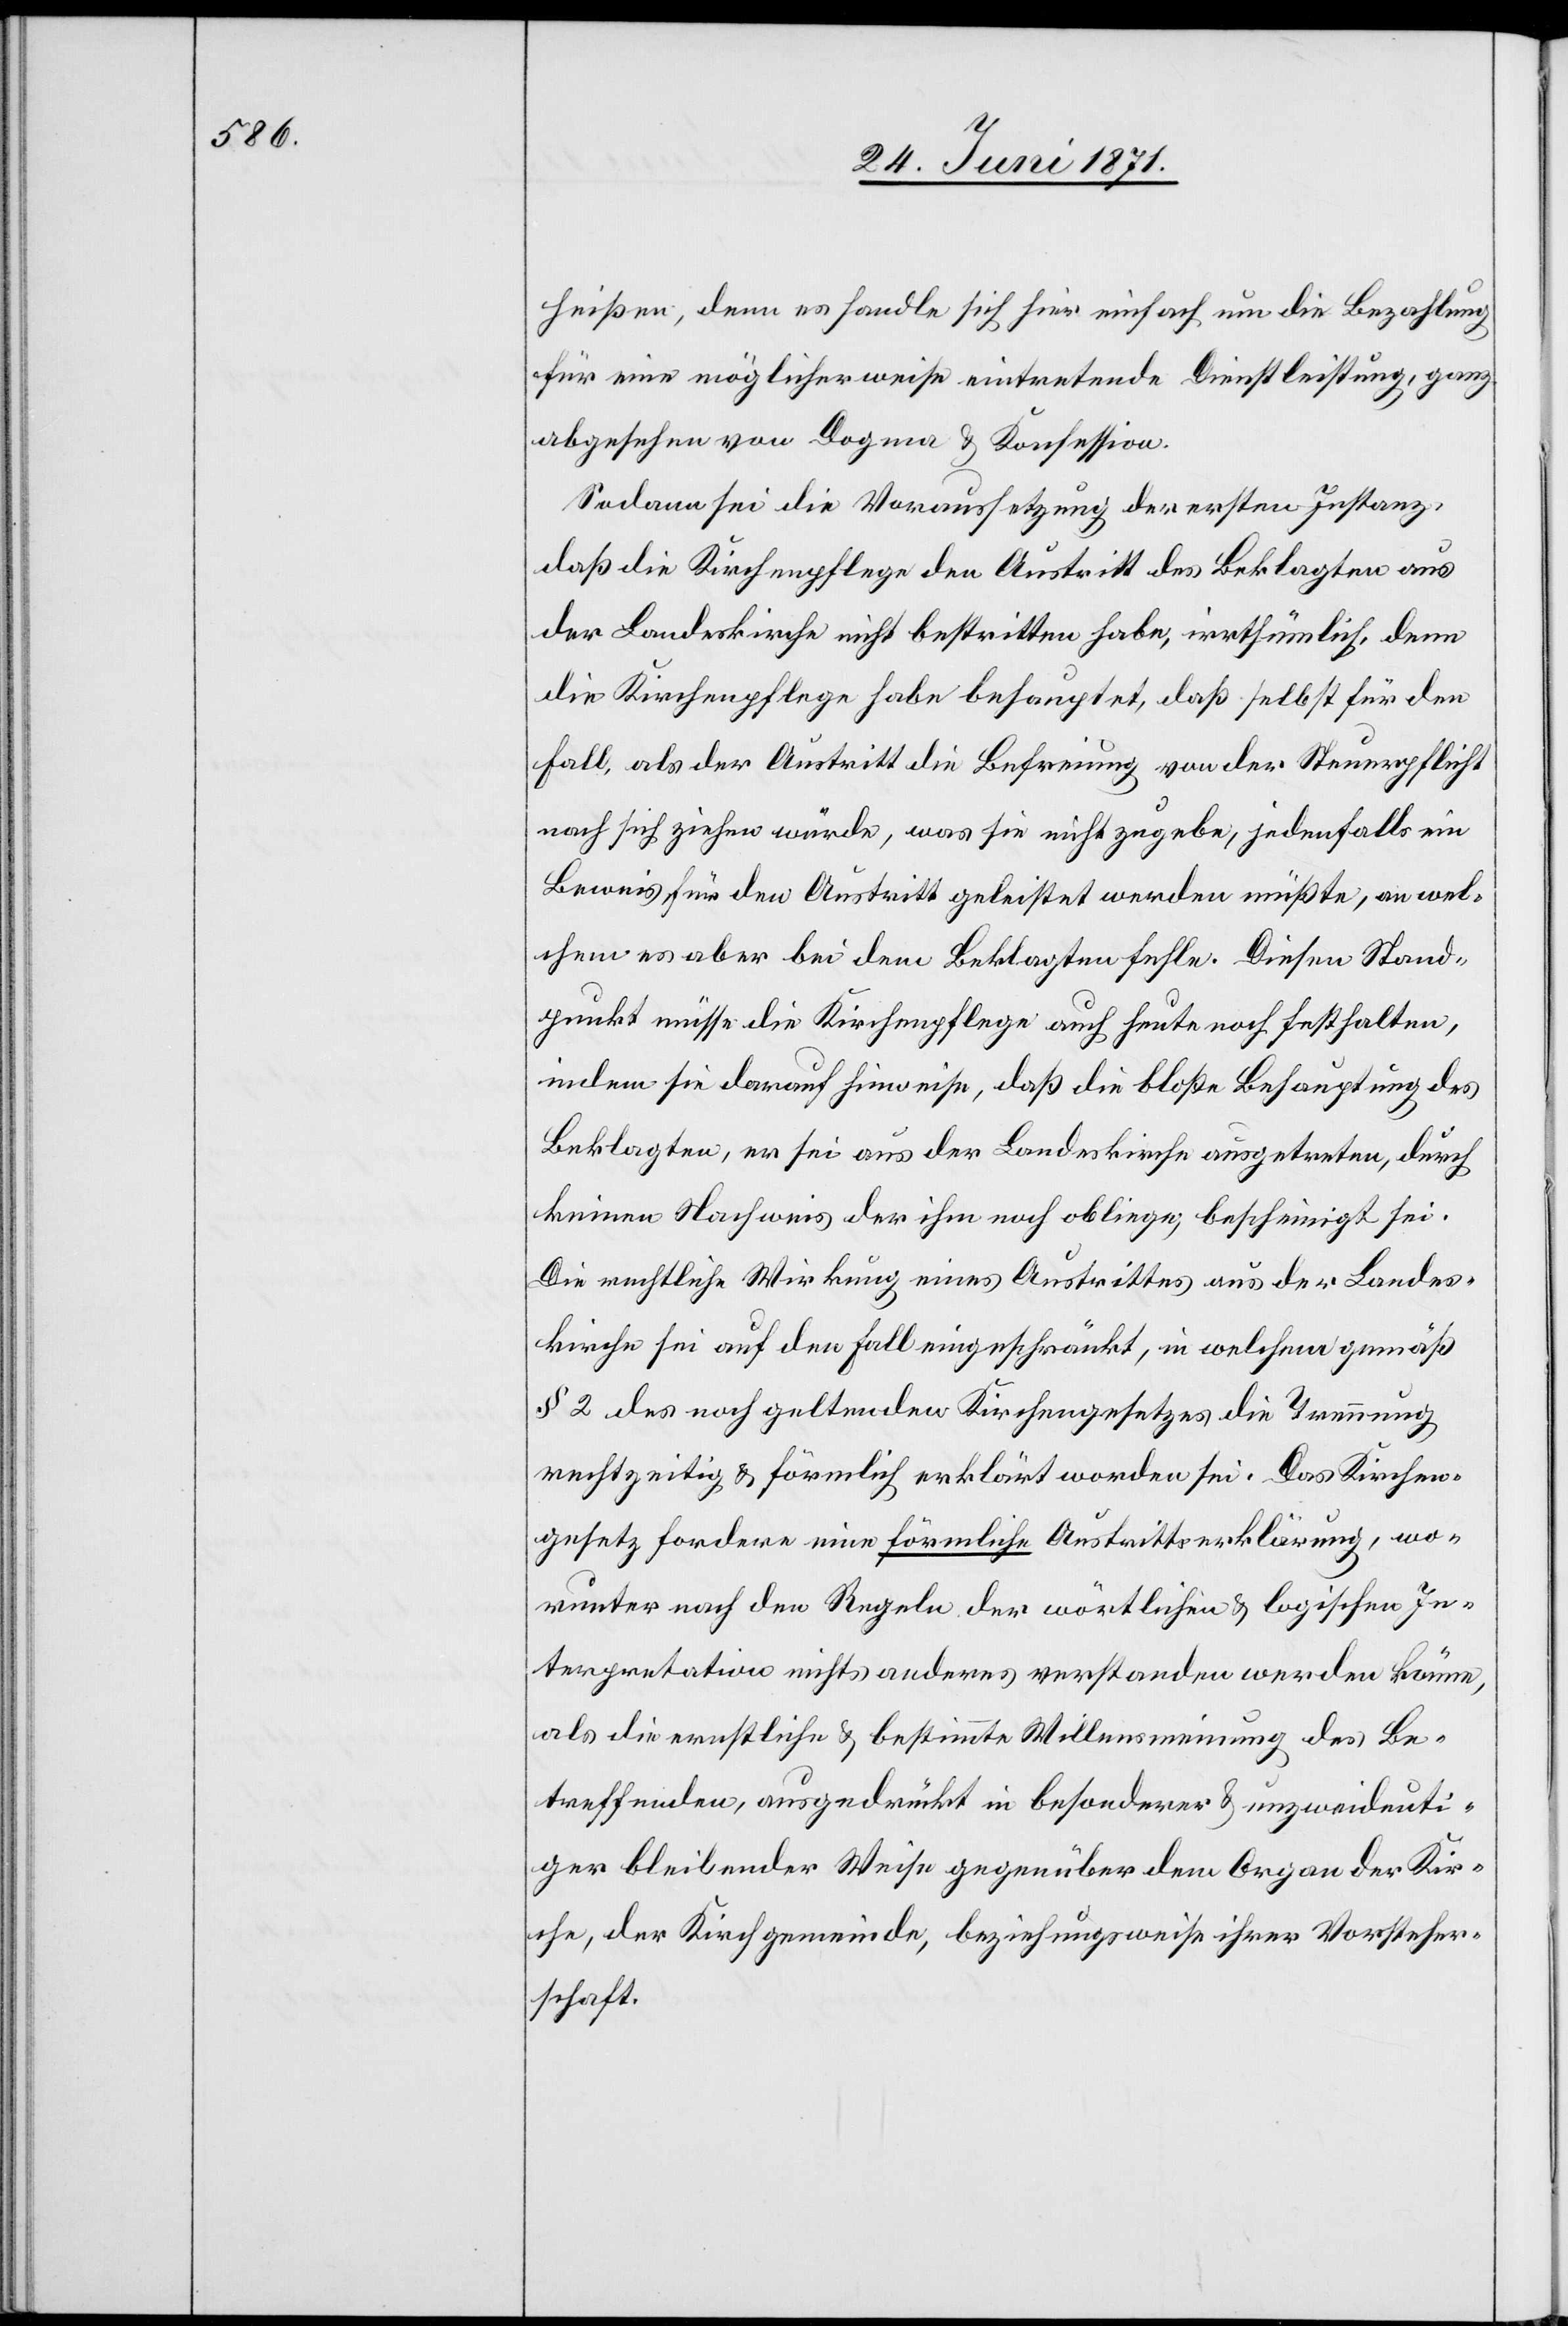
heißen, denn es handle sich hier einfach um die Bezahlung
für eine möglicherweise eintretende Dienstleistung, ganz
abgesehen von Dogma u. Konfession.
Sodann sei die Voraussetzung der ersten Instanz,
daß die Kirchenpflege den Austritt des Beklagten aus
der Landeskirche nicht bestritten habe, irrthümlich, denn
die Kirchenpflege habe behauptet, daß selbst für den
Fall, als der Austritt die Befreiung von der Steuerpflicht
nach sich ziehen würde, was sie nicht zugebe, jedenfalls ein
Beweis für den Austritt geleistet werden müßte, an wel¬
chem es aber bei dem Beklagten fehle. Diesen Stand¬
punkt müsse die Kirchenpflege auch heute noch festhalten,
indem sie darauf hinweise, daß die bloße Behauptung des
Beklagten, er sei aus der Landeskirche ausgetreten, durch
keinen Nachweis der ihm noch obliege, bescheinigt sei.
Die rechtliche Wirkung eines Austrittes aus der Landes¬
kirche sei auf den Fall eingeschränkt, in welchem gemäß
§ 2 des noch geltenden Kirchengesetzes die Trennung
rechtzeitig u. förmlich erklärt worden sei. Das Kirchen¬
gesetz fordere eine förmliche Austrittserklärung, wo¬
runter nach den Regeln der wörtlichen u. logischen In¬
terpretation nichts anderes verstanden werden könne,
als die ernstliche u. bestimmte Willensmeinung des Be¬
treffenden, ausgedrückt in besonderer u. unzweideuti¬
ger bleibender Weise gegenüber dem Organ der Kir¬
che, der Kirchgemeinde, beziehungsweise ihrer Vorsteher¬
schaft.